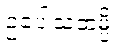
ဥပေါသထမ္ပိ